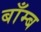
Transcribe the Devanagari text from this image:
बाँम्ब